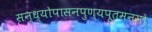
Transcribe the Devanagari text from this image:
सन्ध्योपासनपुण्यपूतमनसो